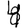
Digit: 4